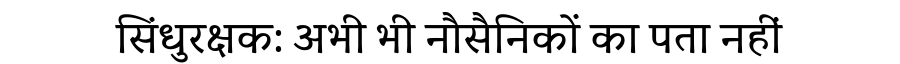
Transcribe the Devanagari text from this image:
सिंधुरक्षक: अभी भी नौसैनिकों का पता नहीं